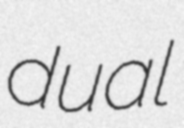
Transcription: dual